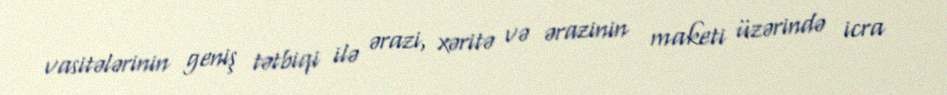
vasitələrinin geniş tətbiqi ilə ərazi, xəritə və ərazinin maketi üzərində icra